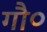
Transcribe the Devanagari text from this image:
गौ०